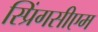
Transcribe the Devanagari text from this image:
स्प्रिंगसीएम